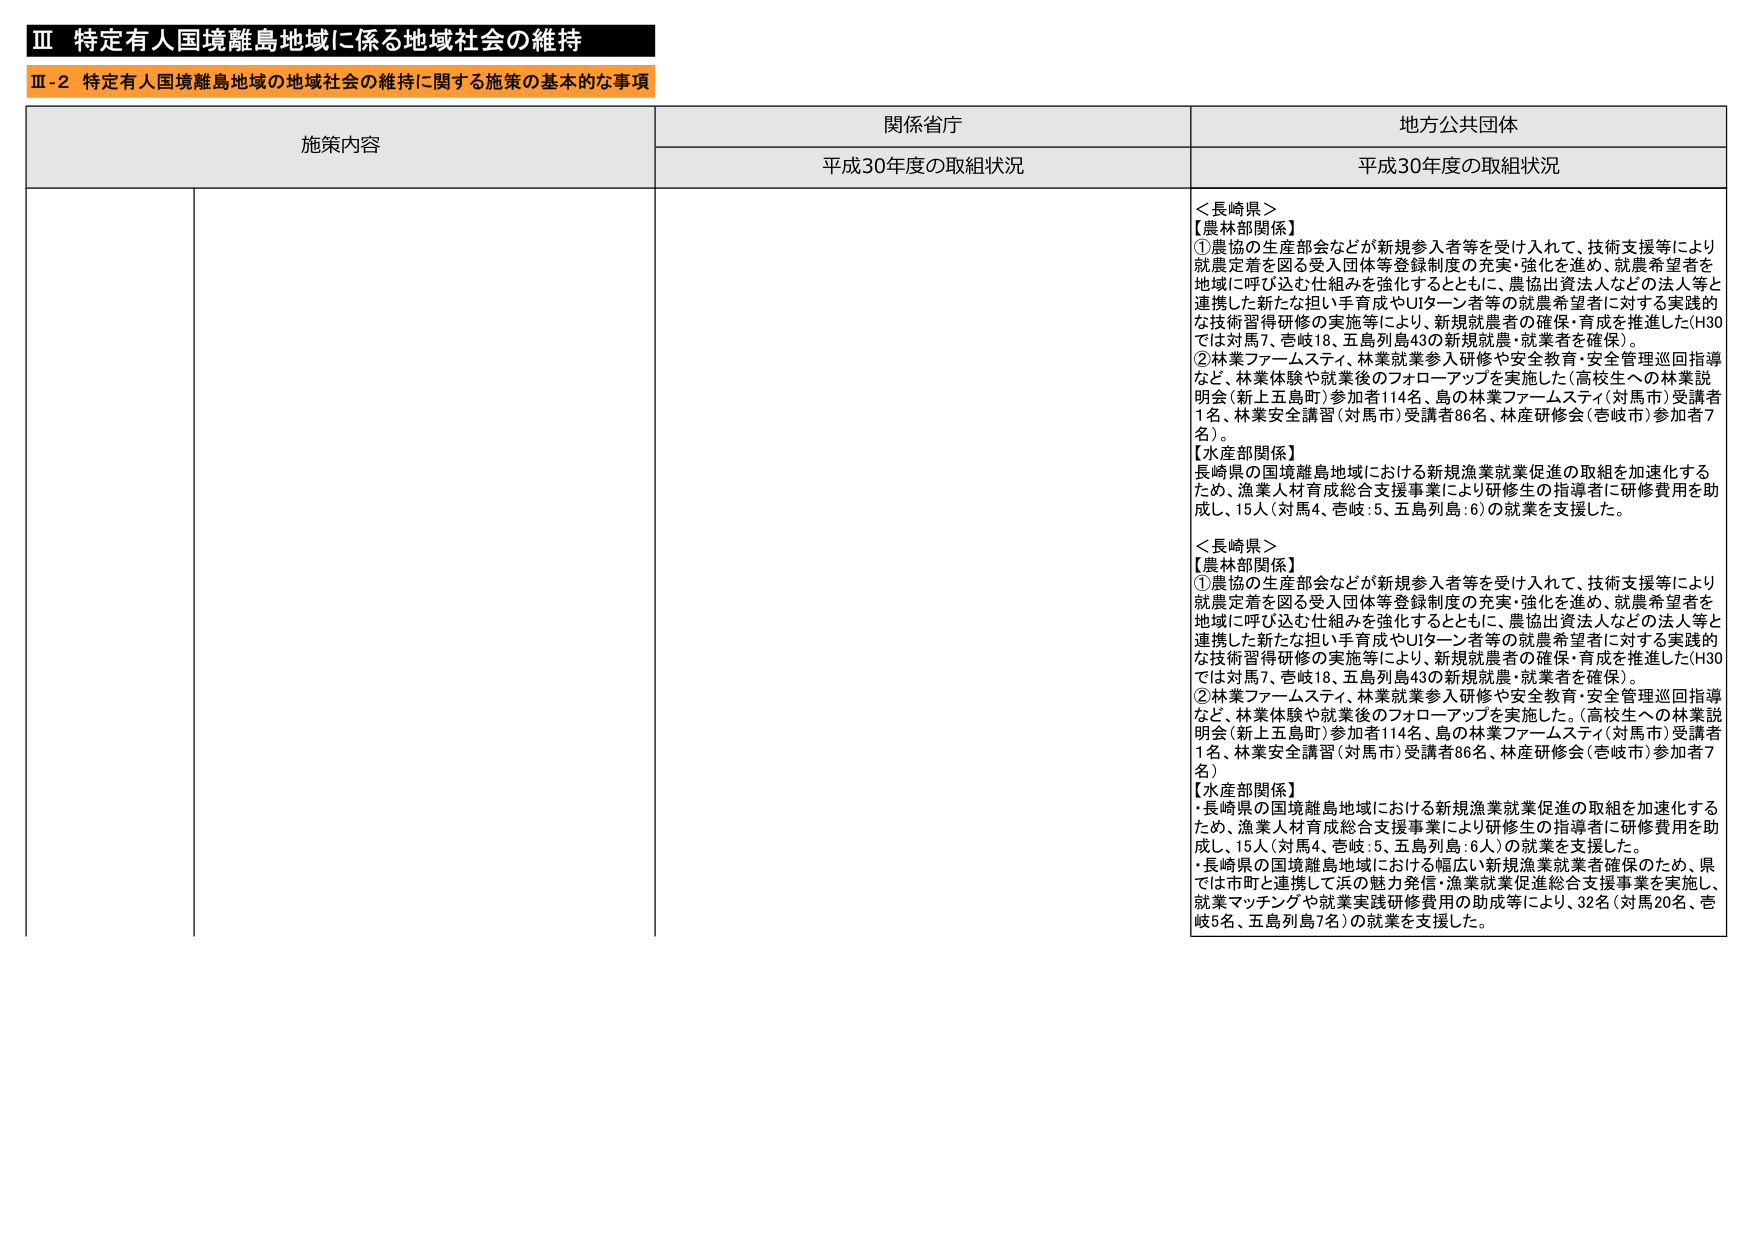
Ⅲ 特定有人国境離島地域に係る地域社会の維持
Ⅲ-2 特定有人国境離島地域の地域社会の維持に関する施策の基本的な事項

施策内容 関係省庁 地方公共団体
平成30年度の取組状況 平成30年度の取組状況

＜長崎県＞
【農林部関係】
①農協の生産部会などが新規参入者等を受け入れて、技術支援等により就農定着を図る受入団体等登録制度の充実・強化を進め、就農希望者を地域に呼び込む仕組みを強化するとともに、農協出資法人などの法人等と連携した新たな担い手育成やUターン者等の就農希望者に対する実践的な技術習得研修の実施等により、新規就農者の確保・育成を推進した（H30では対馬7、壱岐18、五島列島43の新規就農・就業者を確保）。
②林業ファームステイ、林業就業参入研修や安全教育・安全管理巡回指導など、林業体験や就業後のフォローアップを実施した（高校生への林業説明会（新上五島町）参加者114名、島の林業ファームステイ（対馬市）受講者1名、林業安全講習（対馬市）受講者86名、林産研修会（壱岐市）参加者7名）。
【水産部関係】
長崎県の国境離島地域における新規漁業就業促進の取組を加速化するため、漁業人材育成総合支援事業により研修生の指導者に研修費用を助成し、15人（対馬4、壱岐：5、五島列島：6）の就業を支援した。

＜長崎県＞
【農林部関係】
①農協の生産部会などが新規参入者等を受け入れて、技術支援等により就農定着を図る受入団体等登録制度の充実・強化を進め、就農希望者を地域に呼び込む仕組みを強化するとともに、農協出資法人などの法人等と連携した新たな担い手育成やUターン者等の就農希望者に対する実践的な技術習得研修の実施等により、新規就農者の確保・育成を推進した（H30では対馬7、壱岐18、五島列島43の新規就農・就業者を確保）。
②林業ファームステイ、林業就業参入研修や安全教育・安全管理巡回指導など、林業体験や就業後のフォローアップを実施した。（高校生への林業説明会（新上五島町）参加者114名、島の林業ファームステイ（対馬市）受講者1名、林業安全講習（対馬市）受講者86名、林産研修会（壱岐市）参加者7名）
【水産部関係】
・長崎県の国境離島地域における新規漁業就業促進の取組を加速化するため、漁業人材育成総合支援事業により研修生の指導者に研修費用を助成し、15人（対馬4、壱岐：5、五島列島：6人）の就業を支援した。
・長崎県の国境離島地域における幅広い新規漁業就業者確保のため、県では市町と連携して浜の魅力発信・漁業就業促進総合支援事業を実施し、就業マッチングや就業実践研修費用の助成等により、32名（対馬20名、壱岐5名、五島列島7名）の就業を支援した。